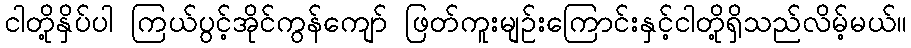
ငါတို့နှိပ်ပါ ကြယ်ပွင့်အိုင်ကွန်ကျော် ဖြတ်ကူးမျဉ်းကြောင်းနှင့်ငါတို့ရှိသည်လိမ့်မယ်။